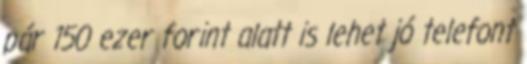
pár 150 ezer forint alatt is lehet jó telefont